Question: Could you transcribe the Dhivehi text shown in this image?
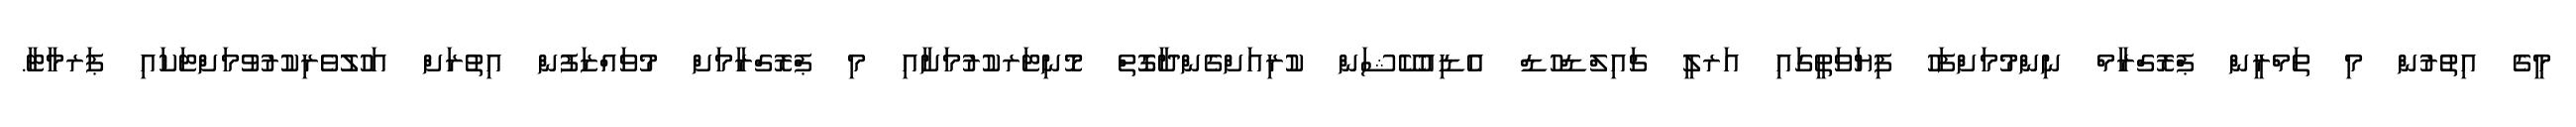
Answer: މީގެ އިތުރުން މި ތަމްރީން ޕްރޮގްރާމް ނިންމުމަށްފަހު ފިޔަވަތީގައި އަރލީ ޗައިލްޑްހުޑް އެޑިއުކޭޝަން ކުރިއަށްގެންދާގޮތް މޮނިޓަރކުރުމަށާއި މި ޕްރޮގްރާމަށް މުވައްޒަފުން އިތުރަށް އަހުލުވެރިކުރުވުމަށްޓަކައި ޕަރމާޓާ.